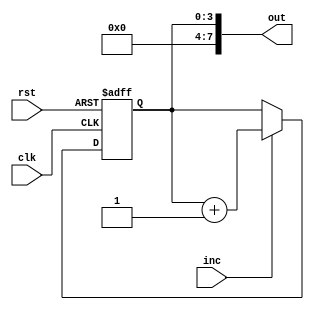
//16 bit program coutner which increments by one at every clock tick if inc flag is high
//if rst flag is set, counter resets to 0
//always outputs the counters value
module pc(
	input clk,
	input rst,
	input inc,
	output[7:0] out
);

reg[3:0] pc;

always @(posedge clk, posedge rst) begin
	if (rst) begin
		pc <= 4'b0;
	end else if (inc) begin
		pc <= pc + 1;
	end
end

assign out = pc;

endmodule